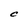
Character: C